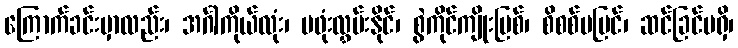
ကြောက်ခင်းမှာလည်း၊ အင်္ဂါကိုယ်လုံး၊ မဖုံးလွှမ်းနိုင်၊ စွဲကိုင်ကျိုးပြစ်၊ စိစစ်မမြင်၊ ဆင်ခြင်မရှိ၊